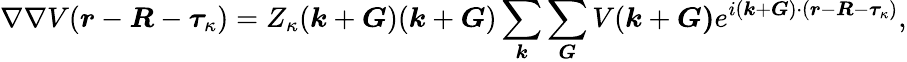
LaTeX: \nabla\nabla V(\boldsymbol{r}-\boldsymbol{R}-\boldsymbol{\tau}_{\kappa})=Z_{\kappa}(\boldsymbol{k}+\boldsymbol{G})(\boldsymbol{k}+\boldsymbol{G})\sum_{\boldsymbol{k}}\sum_{\boldsymbol{G}}V(\boldsymbol{k}+\boldsymbol{G)}e^{i(\boldsymbol{k}+\boldsymbol{G})\cdot(\boldsymbol{r}-\boldsymbol{R}-\boldsymbol{\tau}_{\kappa})},